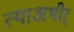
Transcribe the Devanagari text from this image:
त्याअथीर्